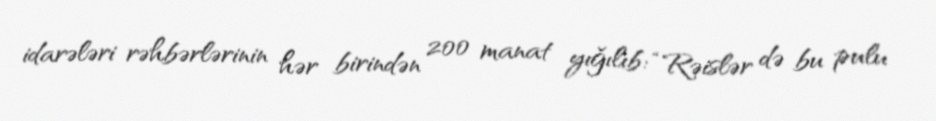
idarələri rəhbərlərinin hər birindən 200 manat yığılıb: “Rəislər də bu pulu